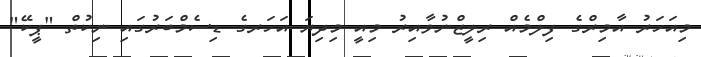
މިއަހަރު އާމިރްގެ ފިލްމެއް ރިލީޒްނުވާއިރު މިއީ މިދިޔަ އަހަރގެ ޑިސެމްބަރުގައި ނިކުތް "ޕީކޭ"